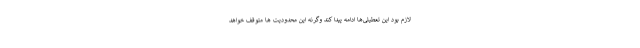
لازم بود این تعطیلی‌ها ادامه پیدا کند وگرنه این محدودیت ها متوقف خواهد